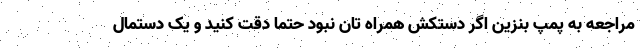
مراجعه به پمپ بنزین اگر دستکش همراه تان نبود حتما دقت کنید و یک دستمال